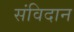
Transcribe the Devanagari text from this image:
संविदान